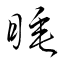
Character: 睡